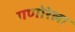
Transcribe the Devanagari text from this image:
गणोरेला